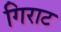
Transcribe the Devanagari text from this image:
गिराट